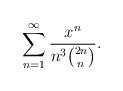
LaTeX: \begin{align*} \sum_{n=1}^\infty\frac{x^n}{n^3\binom{2n}{n}}. \end{align*}